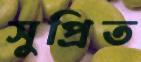
সুপ্রিত